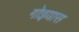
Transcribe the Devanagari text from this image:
गोइयास